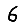
Digit: 6